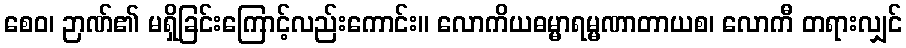
စေဝ၊ ဉာဏ်၏ မရှိခြင်းကြောင့်လည်းကောင်း။ လောကိယဓမ္မာရမ္မဏာတာယစ၊ လောကီ တရားလျှင်